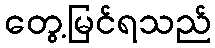
တွေ့မြင်ရသည်